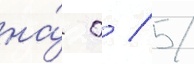
на́ 0 / 5